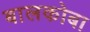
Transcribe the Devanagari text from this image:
बालकोबा